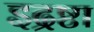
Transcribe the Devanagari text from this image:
इद्रष्टा